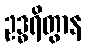
ဥဒ္ဓရိတွာန